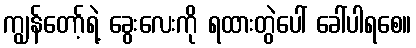
ကျွန်တော့်ရဲ့ ခွေးလေးကို ရထားတွဲပေါ် ခေါ်ပါရစေ။